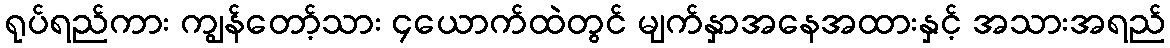
ရုပ်ရည်ကား ကျွန်တော့်သား ၄ယောက်ထဲတွင် မျက်နှာအနေအထားနှင့် အသားအရည်